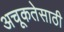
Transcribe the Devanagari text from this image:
अचूकतेसाठी